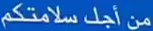
منْ أَجِلْ س